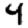
Digit: 4